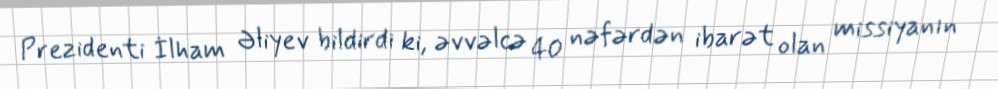
Prezidenti İlham Əliyev bildirdi ki, əvvəlcə 40 nəfərdən ibarət olan missiyanın